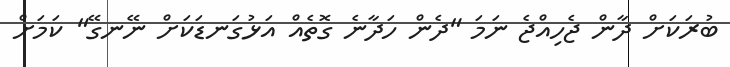
ބުރަކަށް ދާން ޖެހިއްޖެ ނަމަ "ދެން ހަދާނެ ގޮތެއް އަޅުގަނޑަކަށް ނޭނގޭ" ކަމަށް